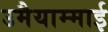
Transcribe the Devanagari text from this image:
उमैयाम्माई